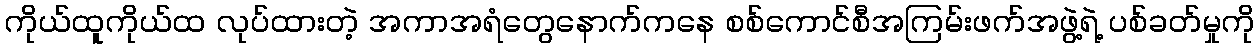
ကိုယ်ထူကိုယ်ထ လုပ်ထားတဲ့ အကာအရံတွေနောက်ကနေ စစ်ကောင်စီအကြမ်းဖက်အဖွဲ့ရဲ့ ပစ်ခတ်မှုကို